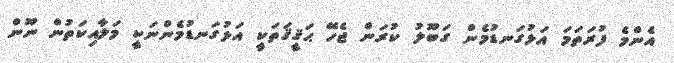
އެންމެ ފުރަތަމަ އަޅުގަނޑުމެން ގަބޫލު ކުރަން ޖެހޭ ޙަޤީޤަތަކީ އަޅުގަނޑުމެންނަކީ މަލާއިކަތުން ނޫން